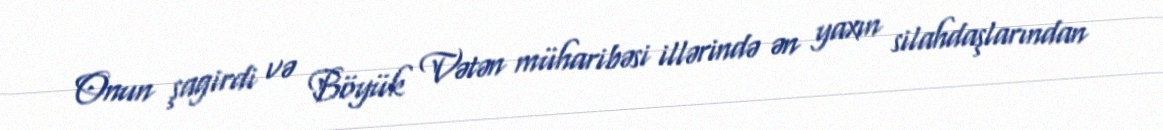
Onun şagirdi və Böyük Vətən müharibəsi illərində ən yaxın silahdaşlarından